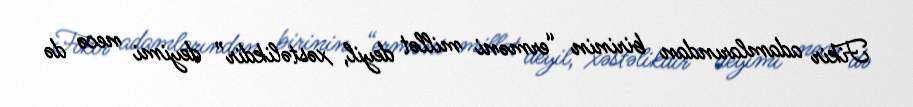
Fikir adamlarından birinin “erməni millət deyil, xəstəlikdir” deyimi necə də